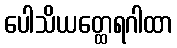
ပေါသိယတ္ထေရဂါထာ